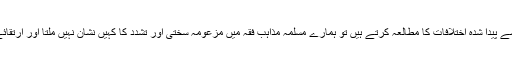
3. جب ہم اسلامی قانون کے چار مسلمہ مآخذ اور ان سے پیدا شدہ اختلافات کا مطالعہ کرتے ہیں تو ہمارے مسلمہ مذاہب فقہ میں مزعومہ سختی اور تشدد کا کہیں نشان نہیں ملتا اور ارتقائے مزید کا سامان صاف نظروں کے سامنے آ جاتا ہے۔